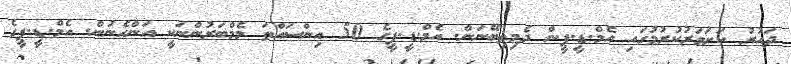
ދައުރު ކަށަވަރުކުރުމުގައި އެމް.ޑީ.ޕީން ދެމިތިބޭނަން. އެމް.ޑީ.ޕީގެ 50 އިންސައްތަ މެމްބަރުންނަކީ އަންހެނުން. އެމް.ޑީ.ޕީގެ